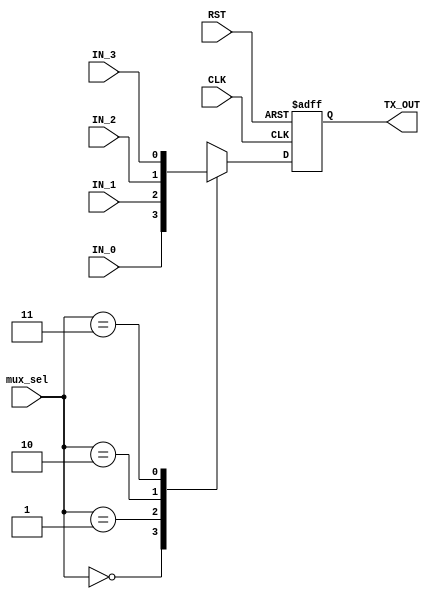
module mux  (

 input   wire                  CLK,
 input   wire                  RST,
 input   wire                  IN_0,
 input   wire                  IN_1,
 input   wire                  IN_2,
 input   wire                  IN_3,
 input   wire     [1:0]        mux_sel,
 output  reg                   TX_OUT 

 );

reg              mux_out_comb ;
 



	always @ (posedge CLK or negedge RST) begin
		if (!RST) begin
			TX_OUT <= 1'b0 ;
		end 
		else TX_OUT <= mux_out_comb ;
	end



// mux
	always @ (*) begin
		case (mux_sel)
			2'b00 : mux_out_comb = IN_0 ; // start bit = 0
			2'b01 : mux_out_comb = IN_1 ; // stop bit = 1
			2'b10 : mux_out_comb = IN_2 ; // serial data 
			2'b11 : mux_out_comb = IN_3 ; // parity bit

			//default : mux_out_comb = 1'b1 ; // standard idle state of tx_serial output is 1
		endcase
	end

	
endmodule